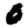
Digit: 0